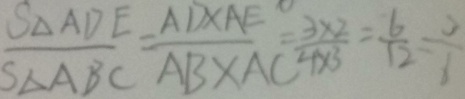
\frac { S _ { \Delta } A D E } { S _ { \Delta } A B C } = \frac { A D \times A E } { A B \times A C } = \frac { 3 \times 2 } { 4 \times 3 } = \frac { 6 } { 1 2 } = \frac { 3 } { 6 }